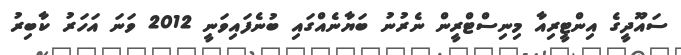
ސައޫދީގެ އިންޓީރިއާ މިނިސްޓްރީން ނެރުނު ބަޔާނެއްގައި ބުނެފައިވަނީ 2012 ވަނަ އަހަރު ކާބިރު